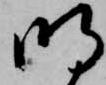
明